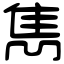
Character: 雋